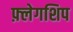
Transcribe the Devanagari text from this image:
फ़्लेगशिप